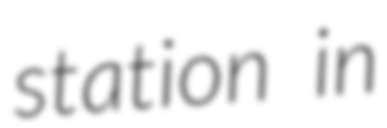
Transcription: station in